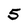
Character: 5